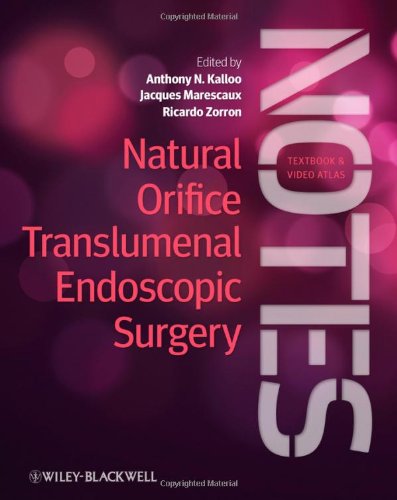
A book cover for Natural Orifice Translumenal Endoscopic Surgery: Textbook and Video Atlas; Medical Books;